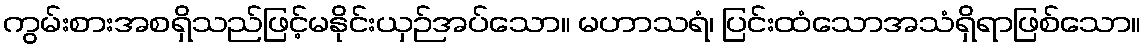
ကွမ်းစားအစရှိသည်ဖြင့်မနိုင်းယှဉ်အပ်သော။ မဟာသရံ၊ ပြင်းထံသောအသံရှိရာဖြစ်သော။